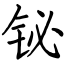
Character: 铋